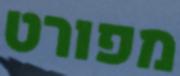
מפורט